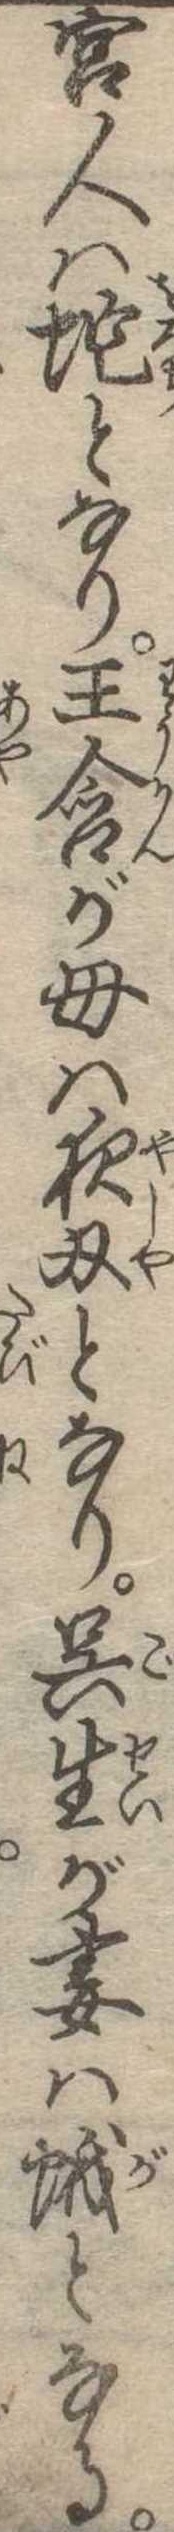
宮人は蛇となり王含が母は夜刃となり呉生が妻は蛾となる